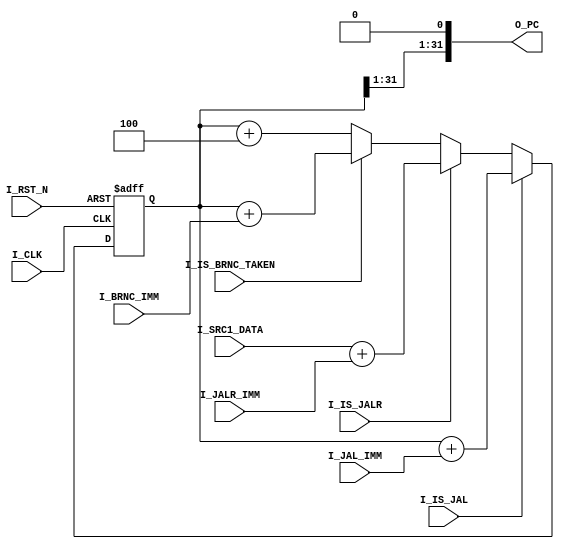
/* 
 * RV32I Program Counter
 * Copyright (C) 2020, Jaeseok Heo (jseok.heo@gmail.com)
 * 
 * Description: 
 * History:              
 *          2020.11.29 - Initial release
 */

module RV32I_PC
#(
    parameter [31:0] RST_VAL = 32'h0
)
(
     input          I_CLK
    ,input          I_RST_N
    ,input          I_IS_BRNC_TAKEN
    ,input          I_IS_JAL
    ,input          I_IS_JALR
    ,input [31:0]   I_SRC1_DATA
    ,input [31:0]   I_BRNC_IMM
    ,input [31:0]   I_JAL_IMM
    ,input [31:0]   I_JALR_IMM

    ,output [31:0]  O_PC
);
    reg [31:0] r_pc;

    always @(posedge I_CLK, negedge I_RST_N)
        if      (!I_RST_N)          r_pc <= RST_VAL;
        else if (I_IS_JAL)          r_pc <= r_pc + I_JAL_IMM;
        else if (I_IS_JALR)         r_pc <= I_SRC1_DATA + I_JALR_IMM;
        else if (I_IS_BRNC_TAKEN)   r_pc <= r_pc + I_BRNC_IMM;
        else                        r_pc <= r_pc + 32'd4;

    assign O_PC = {r_pc[31:1],1'b0};
    
endmodule